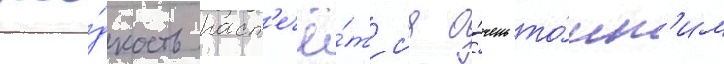
жи́дкость раст'ечё́тс'я о́чень то́нк'им